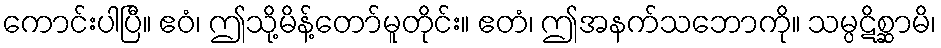
ကောင်းပါပြီ။ ဧဝံ၊ ဤသို့မိန့်တော်မူတိုင်း။ ဧတံ၊ ဤအနက်သဘောကို။ သမ္ပဋိစ္ဆာမိ၊